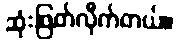
ဆုံးဖြတ်လိုက်တယ်။